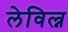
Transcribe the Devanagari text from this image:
लेविल्न